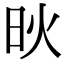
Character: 炚